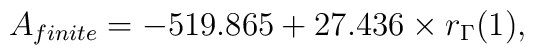
A_{finite}=-519.865+27.436\times r_{\Gamma}(1),